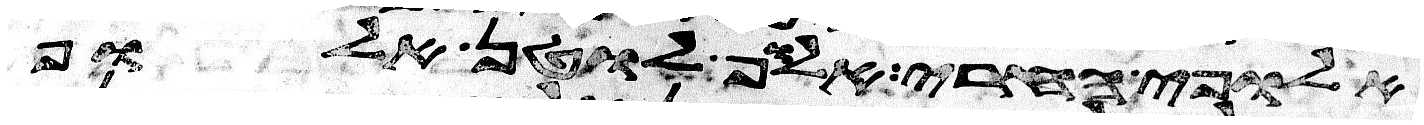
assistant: אלופי החרי אלוף לוטן אלוף